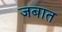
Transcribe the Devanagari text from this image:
जबात